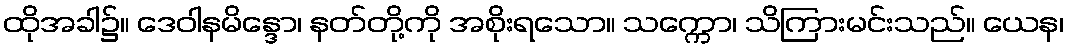
ထိုအခါ၌။ ဒေဝါနမိန္ဒော၊ နတ်တို့ကို အစိုးရသော။ သက္ကော၊ သိကြားမင်းသည်။ ယေန၊